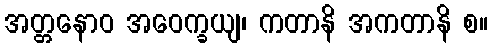
အတ္တနောဝ အဝေက္ခယျ၊ ကတာနိ အကတာနိ စ။